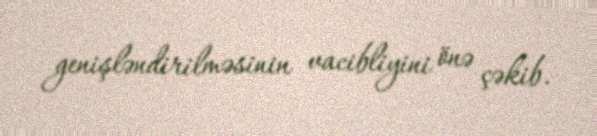
genişləndirilməsinin vacibliyini önə çəkib.